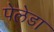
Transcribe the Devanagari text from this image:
पेलेडा